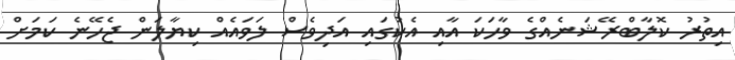
އިތުރު ކޮލާބްރޭޝަނެއްގެ ވާހަކަ އާއި އެކުގައި އަދިވެސް ލަވައެއް ކިޔާލަން ޖެހޭނެ ކަމަށް